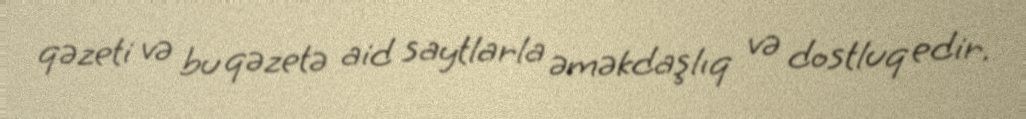
qəzeti və bu qəzetə aid saytlarla əməkdaşlıq və dostluq edir.